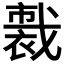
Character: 𧛦